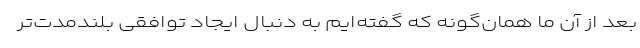
بعد از آن ما همان‌گونه که گفته‌ایم به دنبال ایجاد توافقی بلندمدت‌تر